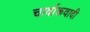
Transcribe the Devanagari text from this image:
चार्वाकवादी